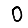
Digit: 0